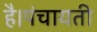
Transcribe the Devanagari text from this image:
है।पंचायती